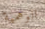
الوهمية